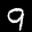
Label: 9